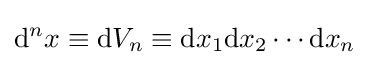
\mathrm {d} ^{n}x\equiv \mathrm {d} V_{n}\equiv \mathrm {d} x_{1}\mathrm {d} x_{2}\cdots \mathrm {d} x_{n}